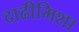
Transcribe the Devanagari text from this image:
दाढीमिशा